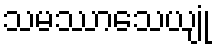
သမဿာသေယျုံ